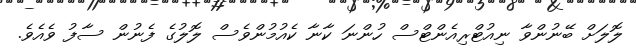
ލޮލަށް ބޭނުންވާ ނިއުޓްރިއެންޓްސް ހުންނަ ކާނާ ކެއުމުންވެސް ލޮލުގެ ފެނުން ސާފު ވެއެވެ.